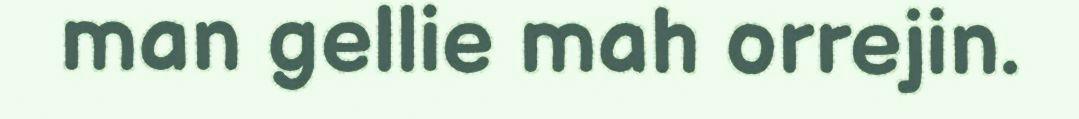
man gellie mah orrejin.